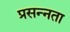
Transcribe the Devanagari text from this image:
प्रसन्‍नता